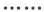
......